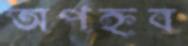
অপহ্নব